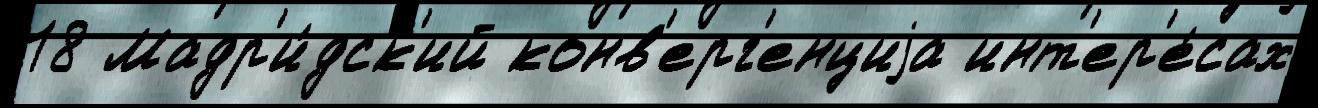
18 Мадр'и́дск'ий конв'ерг'енциjа инт'ер'е́сах